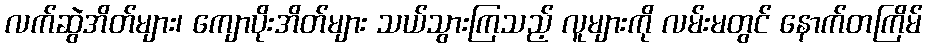
လက်ဆွဲအိတ်များ၊ ကျောပိုးအိတ်များ သယ်သွားကြသည့် လူများကို လမ်းမတွင် နောက်တကြိမ်